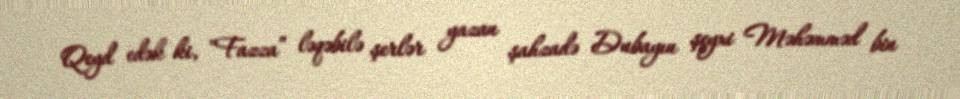
Qeyd edək ki, "Fazza” ləqəbilə şerlər yazan şahzadə Dubayın şeyxi Məhəmməd bin